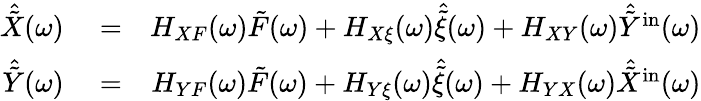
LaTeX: \begin{array}{rlr}{\hat{\tilde{X}}(\omega)}&{{}=}&{H_{XF}(\omega)\tilde{F}(\omega)+H_{X\xi}(\omega)\hat{\tilde{\xi}}(\omega)+H_{XY}(\omega)\hat{\tilde{Y}}^{\mathrm{in}}(\omega)}\\ {\hat{\tilde{Y}}(\omega)}&{{}=}&{H_{YF}(\omega)\tilde{F}(\omega)+H_{Y\xi}(\omega)\hat{\tilde{\xi}}(\omega)+H_{YX}(\omega)\hat{\tilde{X}}^{\mathrm{in}}(\omega)}\end{array}